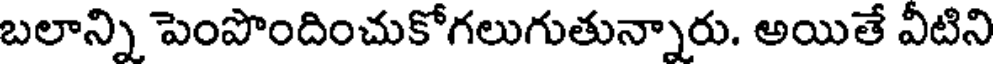
బలాన్ని పెంపొందించుకోగలుగుతున్నారు. అయితే వీటిని